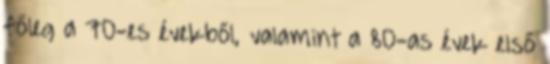
főleg a 70-es évekből, valamint a 80-as évek első